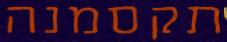
תקסמנה